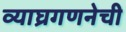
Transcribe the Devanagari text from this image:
व्याघ्रगणनेची